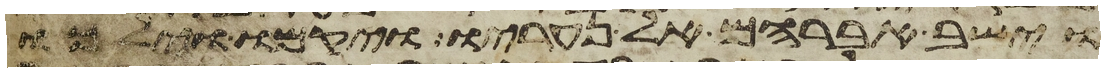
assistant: וישב אברהם אל נעריו ויקמו וילכו